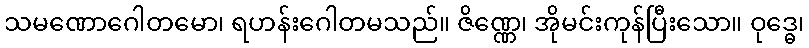
သမဏောဂေါတမော၊ ရဟန်းဂေါတမသည်။ ဇိဏ္ဏေ၊ အိုမင်းကုန်ပြီးသော။ ဝုဒ္ဓေ၊